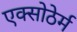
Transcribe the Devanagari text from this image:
एक्सोठेर्म